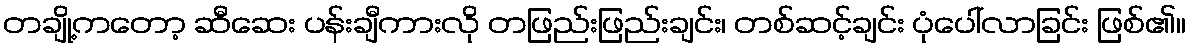
တချို့ကတော့ ဆီဆေး ပန်းချီကားလို တဖြည်းဖြည်းချင်း၊ တစ်ဆင့်ချင်း ပုံပေါ်လာခြင်း ဖြစ်၏။